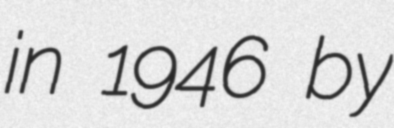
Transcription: in 1946 by